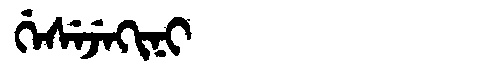
Manchu: ᡤᡝᠰᡝᠵᡝᡴᡳᠨᡳ
Romanization: GESEJEKINI